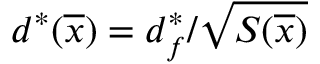
d ^ { \ast } ( \overline { { x } } ) = d _ { f } ^ { \ast } / \sqrt { S ( \overline { { x } } ) }